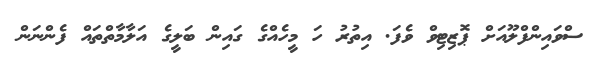
ސްވައިންފްލޫއަށް ޕޮޒިޓިވް ވެފަ. އިތުރު ހަ މީހެއްގެ ގައިން ބަލީގެ އަލާމާތްތައް ފެންނަން